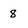
Character: 8